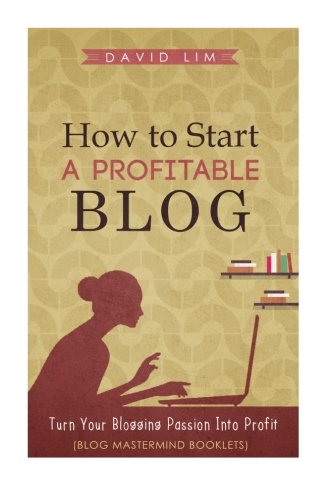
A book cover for How To Start A Profitable Blog: A Guide To Create Content That Rocks, Build Traffic, And Turn Your Blogging Passion Into Profit (How To Write Blog Posts That Go Viral Without Selling Out); David Lim; Computers & Technology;